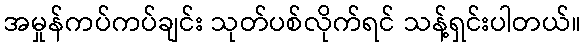
အမှုန်ကပ်ကပ်ချင်း သုတ်ပစ်လိုက်ရင် သန့်ရှင်းပါတယ်။